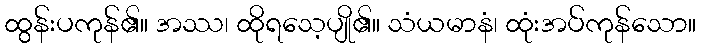
ထွန်းပကုန်၏။ အဿ၊ ထိုရသေ့ပျို၏။ သံယမာနံ၊ ထုံးအပ်ကုန်သော။